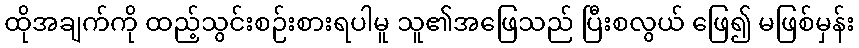
ထိုအချက်ကို ထည့်သွင်းစဉ်းစားရပါမူ သူ၏အဖြေသည် ပြီးစလွယ် ဖြေ၍ မဖြစ်မှန်း